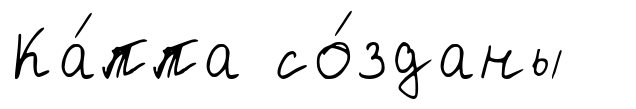
Ка́ппа со́зданы